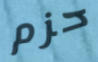
حزم